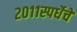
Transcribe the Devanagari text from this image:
२०११स्पर्धेचे